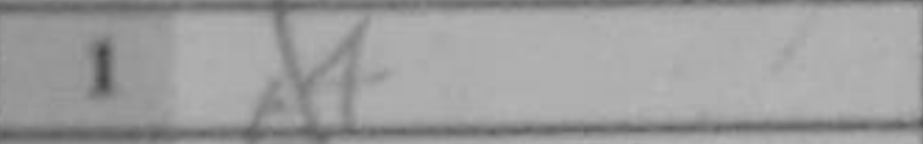
Transcription: d4